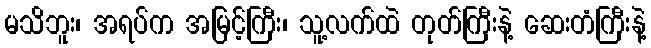
မသိဘူး၊ အရပ်က အမြင့်ကြီး၊ သူ့လက်ထဲ တုတ်ကြီးနဲ့ ဆေးတံကြီးနဲ့